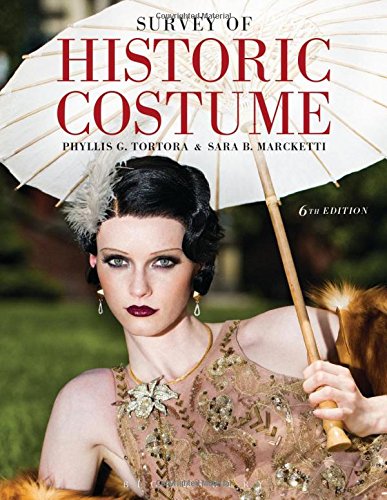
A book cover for Survey of Historic Costume; Phyllis G. Tortora; Crafts, Hobbies & Home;